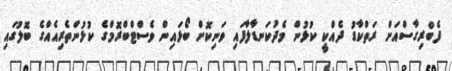
ފެބްރިގާސްއަށް ރަތްކާޑު ދެއްކީ ކުޅުން މެދުކަނޑާލާފައި ވަނިކޮށް ބޯޅައިން ވެސްޓްބްރޮމްގެ ކުޅުންތެރިއެއްގެ ބޮލުގައި